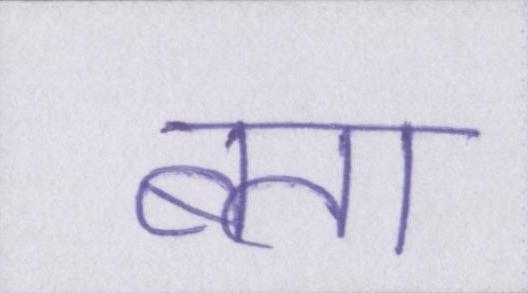
बता